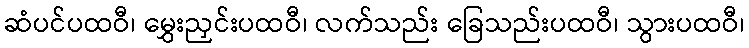
ဆံပင်ပထဝီ၊ မွှေးညှင်းပထဝီ၊ လက်သည်း ခြေသည်းပထဝီ၊ သွားပထဝီ၊